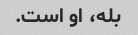
بله، او است.